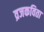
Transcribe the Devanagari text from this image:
व्रजकविता